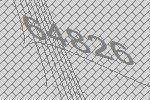
64826